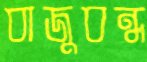
বাজুবন্ধ